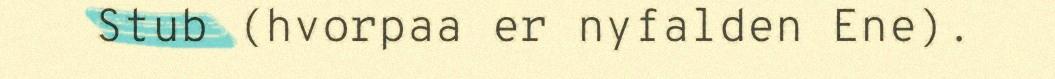
Stub (hvorpaa er nyfalden Ene).